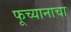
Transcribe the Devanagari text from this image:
फूच्यानाचा